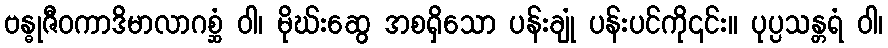
ဗန္ဓုဇီဝကာဒိမာလာဂစ္ဆံ ဝါ၊ မိုဃ်းဆွေ အစရှိသော ပန်းချုံ ပန်းပင်ကို၎င်း။ ပုပ္ပသန္တရံ ဝါ၊